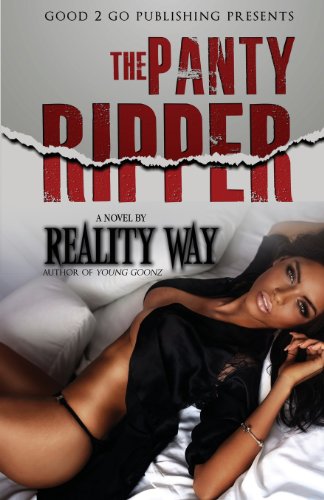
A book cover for The Panty Ripper; Reality Way; Romance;